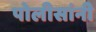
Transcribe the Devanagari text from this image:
पोलीसांनी